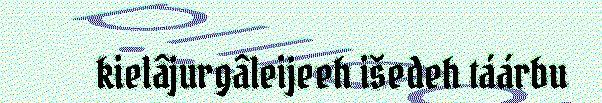
kielâjurgâleijeeh išedeh táárbu